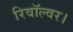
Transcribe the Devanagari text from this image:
रिवॉल्वर।